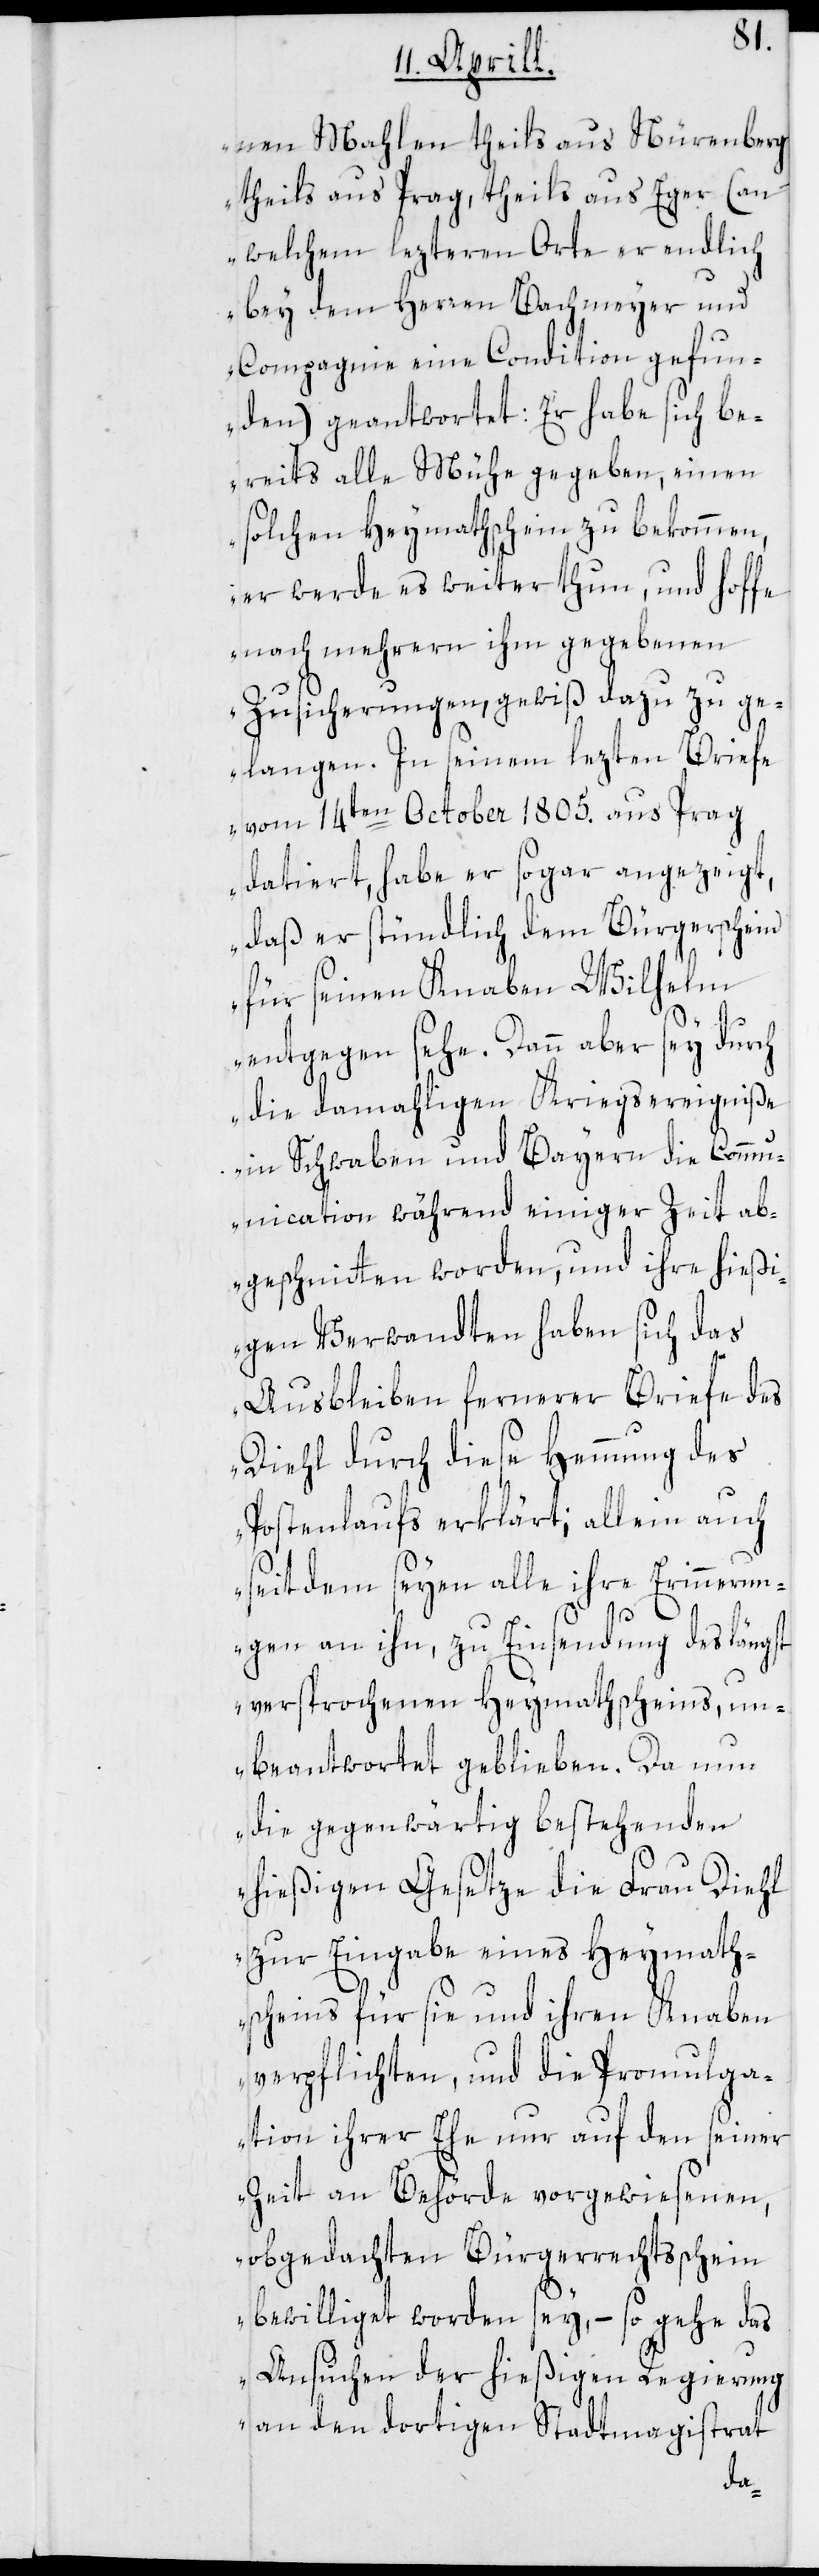
nen Mahlen theils aus Nürenberg
theils aus Prag, theils aus Eger (an
welchem letzteren Orte er endlich
bey dem Herren Bachmeyer und
Compagnie eine Condition gefun¬
den) geantwortet: Er habe sich be¬
reits alle Mühe gegeben, einen
solchen Heymathschein zu bekommen,
er werde es weiter thun, und hoffe
nach mehrern ihm gegebenen
Zusicherungen, gewiß dazu zu ge¬
langen. In seinem lezten Briefe
vom 14ten October 1805. aus Prag
datiert, habe er sogar angezeigt,
daß er stündlich dem Bürgerschein
für seinen Knaben Wilhelm
entgegen sehe. Dann aber sey durch
die damahligen Kriegsereigniße
in Schwaben und Bayern die Comm¬
unication während einiger Zeit ab¬
geschnitten worden, und ihre hießi¬
gen Verwandten haben sich das
Ausbleiben fernerer Briefe des
Diehl durch diese Hemmung des
Postenlaufs erklärt; allein auch
seitdem seyen alle ihre Erinnerun¬
gen an ihn, zu Einsendung des längst
versprochenen Heymathscheins, un¬
beantwortet geblieben. Da nun
die gegenwärtig bestehenden
hießigen Gesetze die Frau Diehl
zur Eingabe eines Heymath¬
scheins für sie und ihren Knaben
verpflichten, und die Promulga¬
tion ihrer Ehe nur auf den seiner
Zeit an Behörde vorgewiesenen,
obgedachten Bürgerrechtsschein
bewilliget worden sey, – so gehe das
Ansuchen der hießigen Regierung
an den dortigen Stadtmagistrat